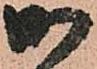
御